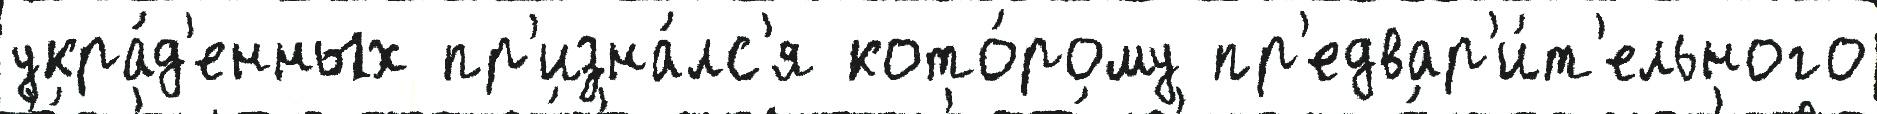
укра́д'енных пр'изна́лс'я кото́рому пр'едвар'и́т'ельного